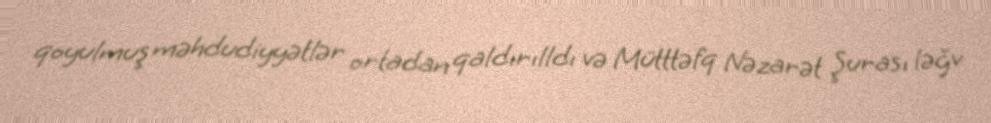
qoyulmuş məhdudiyyətlər ortadan qaldırılldı və Mütttəfq Nəzarət Şurası ləğv